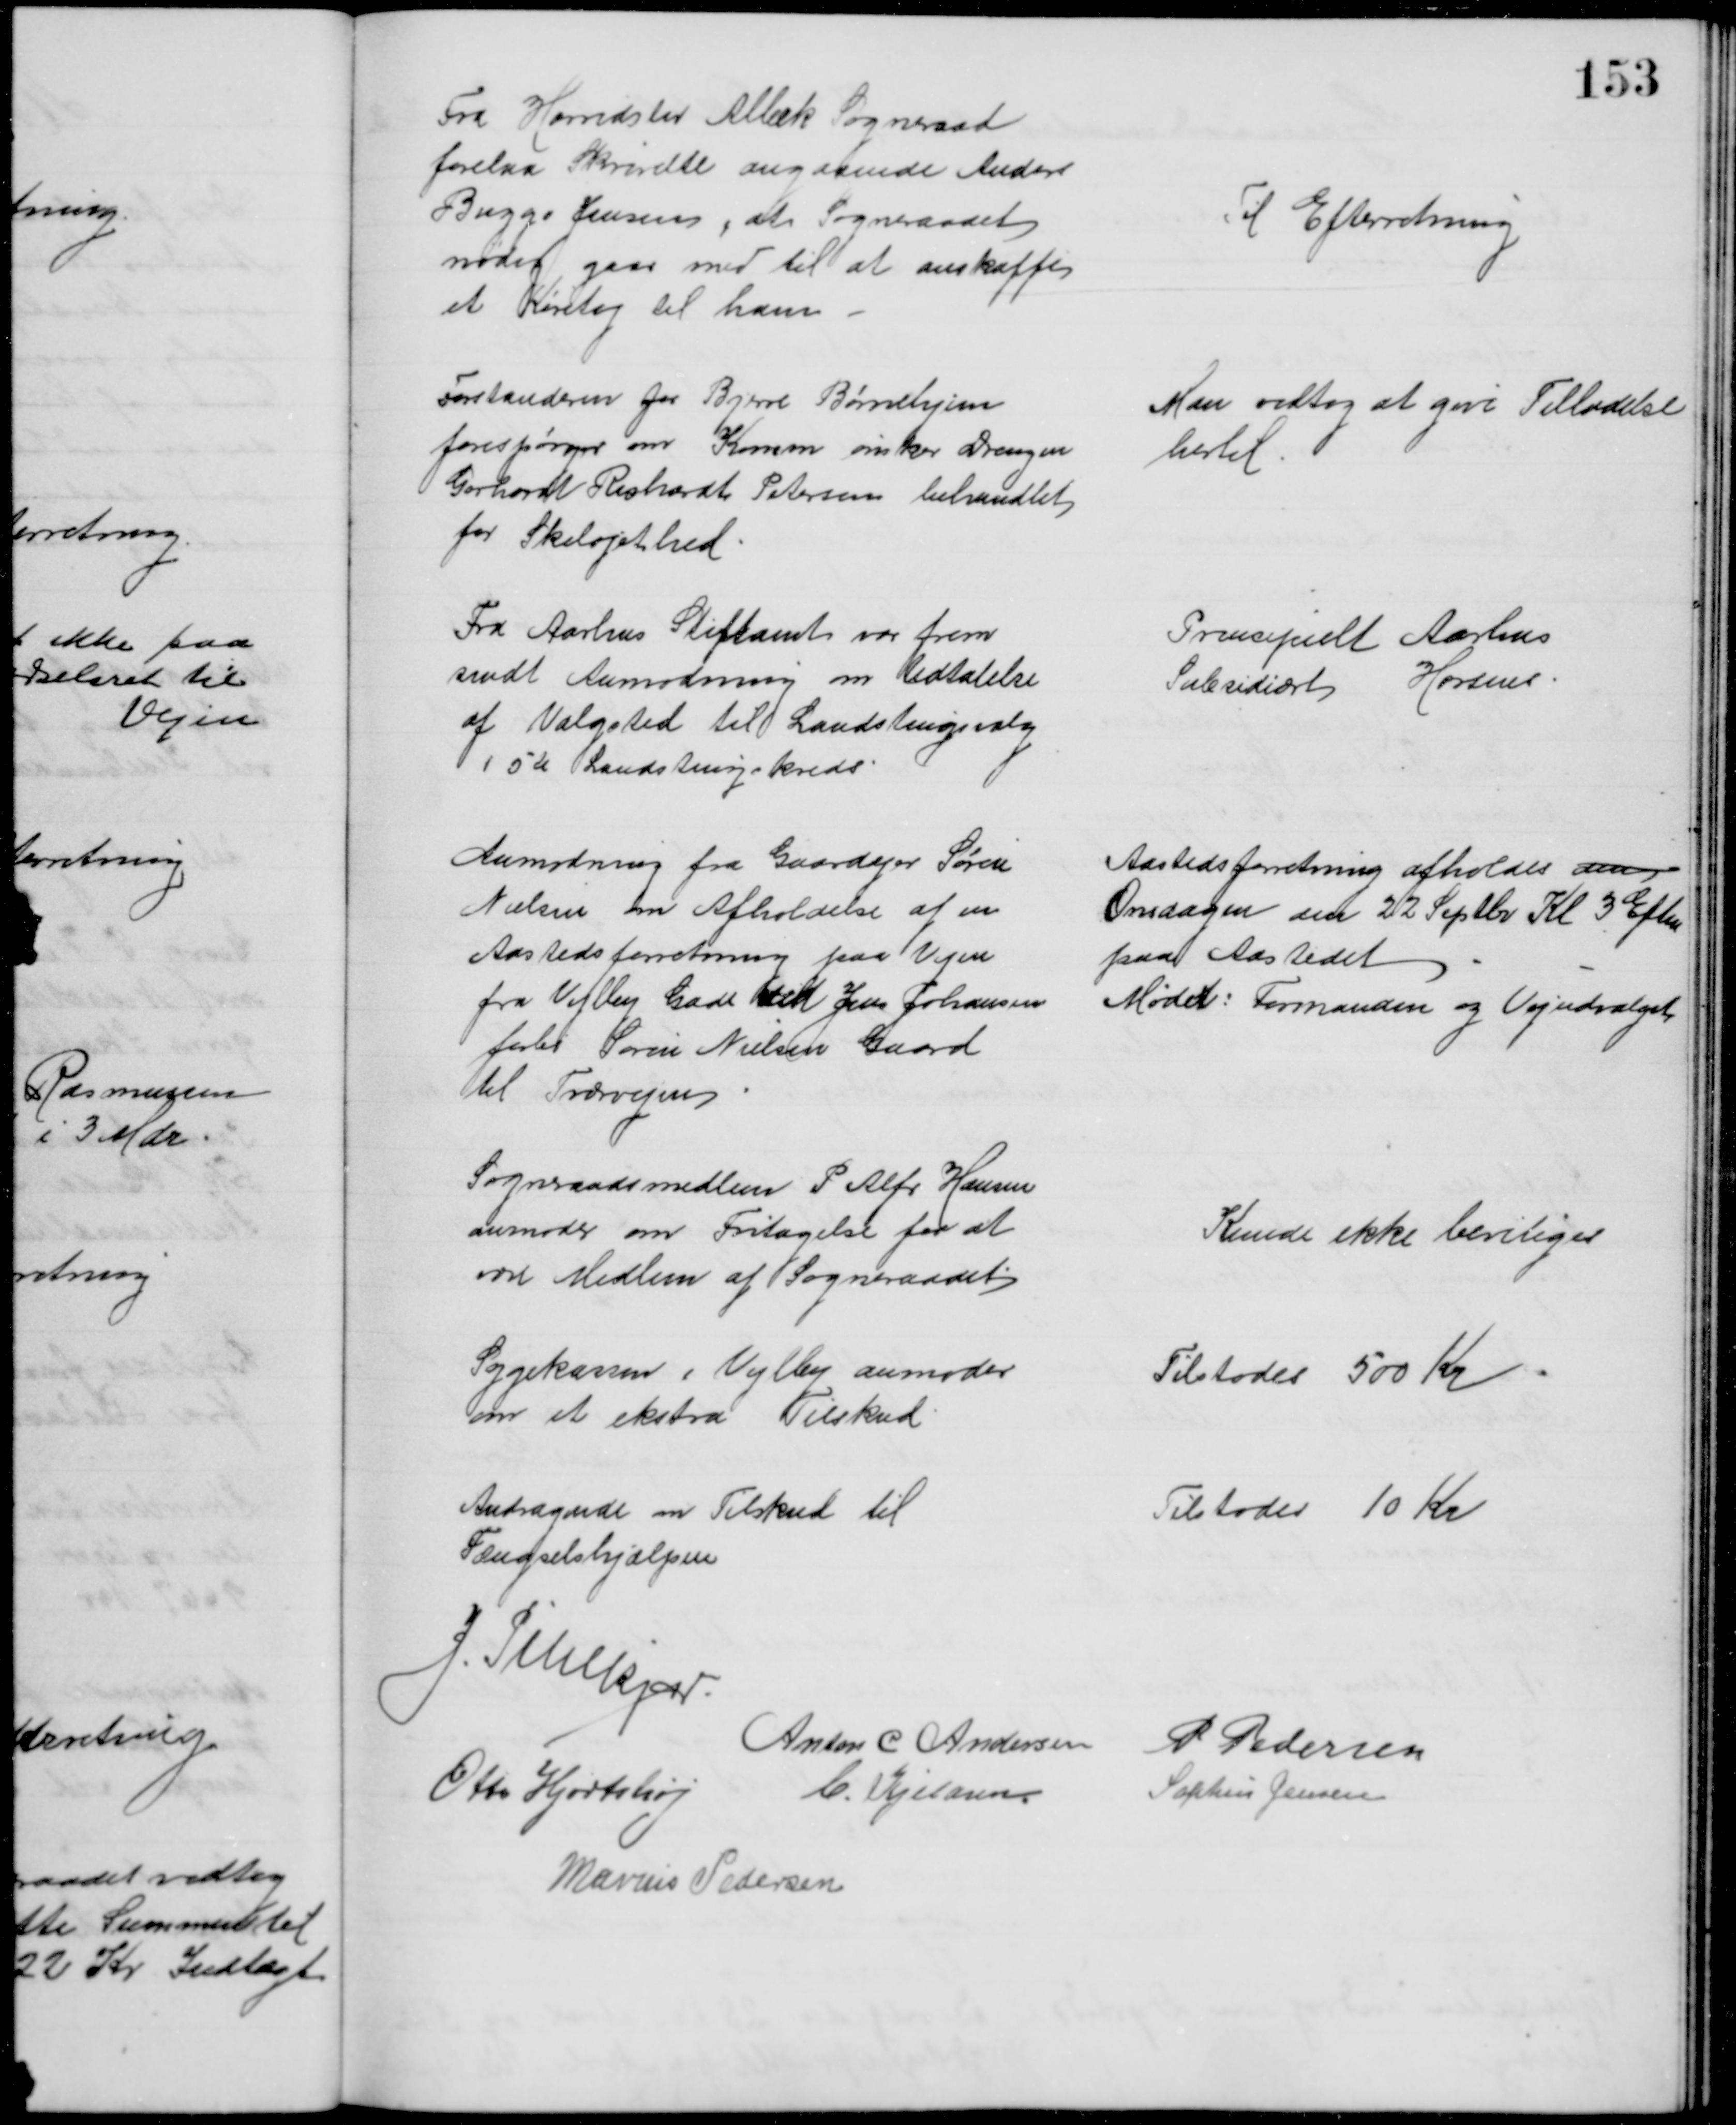
Transskription:
Fra Harridslev Albæk Sogneraad
forelaa Skrivelse angaaende Anders
Bugge Jensen, at Sogneraadet
nødig gaar med til at anskaffe
et Køretøj til ham
Til Efterretning
Forstanderen for Bjerre Børnehjem
forespørger om Komm ønsker Drengen
Gerhardt Richardt Petersen behandlet
for Skeløjethed
Man vedtog at give Tilladelse
hertil
Fra Aarhus Stiftamt var frem
sendt Anmodning om Udtalelse
af Valgsted til Landstingsvalg
i 5te Landstingskreds
Principielt Aarhus
Subsidiært
Horsens
Anmodning fra Gaardejer Søren
Nielsen om Afholdelse af en
Aastedsforretning paa Vejen
fra Vejlby Gade ved Jens Johansen
forbi Søren Nielsen Gaard
til Tværvejen
Aastedsforretning afholdes den
Onsdagen den 22 Septbr Kl 3 Eftm
paa Aastedet
Møder: Formanden og Vejudvalget
Sogneraadsmedlem P Alfr Hansen
anmoder om Fritagelse for at
være Medlem af Sogneraadet
Kunde ikke beviliges
Sygekassen i Vejlby anmoder
om et ekstra Tilskud
Tilstodes 500 Kr
Andragende om Tilskud til
Fængselshjælpen
Tilstodes 10 Kr
J. Pihlkjær
Anton C Andersen
P Pedersen
Otto Hjortshøj C. Kjeldsen
Sophus Jensen
Marius Pedersen